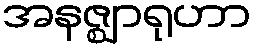
အနဇ္ဈာရုဟာ